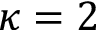
\kappa = 2